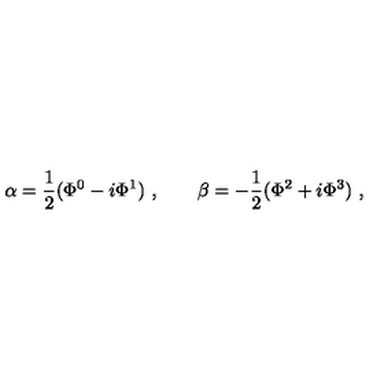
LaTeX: \alpha = \frac 1 2 ( \Phi ^ { 0 } - i \Phi ^ { 1 } ) \ , \qquad \beta = - \frac 1 2 ( \Phi ^ { 2 } + i \Phi ^ { 3 } ) \ , \qquad